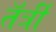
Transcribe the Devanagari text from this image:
तॅर्त्री